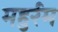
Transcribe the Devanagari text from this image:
महुर्रम